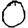
Digit: 0